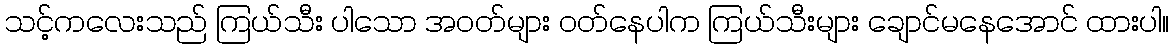
သင့်ကလေးသည် ကြယ်သီး ပါသော အဝတ်များ ဝတ်နေပါက ကြယ်သီးများ ချောင်မနေအောင် ထားပါ။